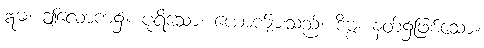
ဣဓ၊ ဤလောက၌။ ပုရိသော၊ ယောက်ျားသည်။ ဒိဗ္ဗံ၊ နတ်၌ဖြစ်သော။